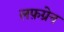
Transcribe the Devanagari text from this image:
लफ़ग्रेन